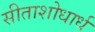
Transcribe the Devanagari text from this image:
सीताशोधार्ध